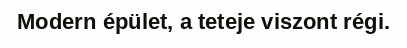
Modern épület, a teteje viszont régi.